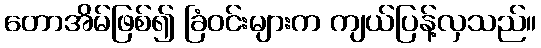
တောအိမ်ဖြစ်၍ ခြံဝင်းများက ကျယ်ပြန့်လှသည်။